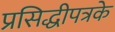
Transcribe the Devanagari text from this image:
प्रसिद्धीपत्रके